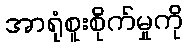
အာရုံစူးစိုက်မှုကို